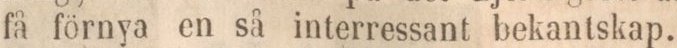
få förnya en så interressant bekantskap.